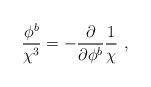
\begin{align*}\frac{\phi^{b}}{\chi^{3}} = - \frac{\partial}{\partial\phi^{b}} \frac{1}{\chi} \ ,\end{align*}